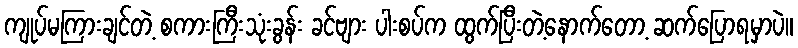
ကျုပ်မကြားချင်တဲ့ စကားကြီးသုံးခွန်း ခင်ဗျား ပါးစပ်က ထွက်ပြီးတဲ့နောက်တော့ ဆက်ပြောရမှာပဲ။